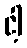
ငါ့